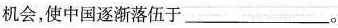
机会，使中国逐渐落伍于___。